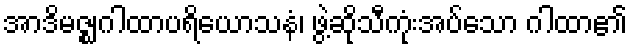
အာဒိမဇ္ဈဂါထာပရိယောသနံ၊ ဖွဲ့ဆိုသီကုံးအပ်သော ဂါထာ၏